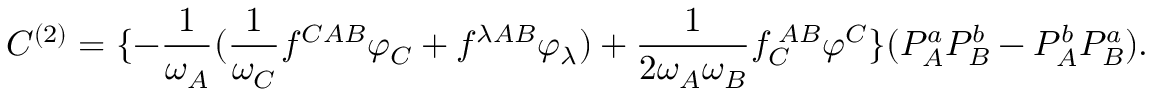
C ^ { ( 2 ) } = \{ - \frac { 1 } { \omega _ { A } } ( \frac { 1 } { \omega _ { C } } f ^ { C A B } \varphi _ { C } + f ^ { \lambda A B } \varphi _ { \lambda } ) + \frac { 1 } { 2 \omega _ { A } \omega _ { B } } f _ { C } ^ { \; A B } \varphi ^ { C } \} ( P _ { A } ^ { a } P _ { B } ^ { b } - P _ { A } ^ { b } P _ { B } ^ { a } ) .